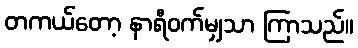
တကယ်တော့ နာရီဝက်မျှသာ ကြာသည်။